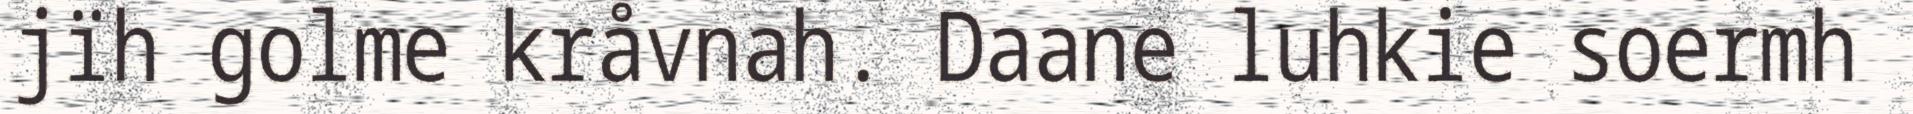
jïh golme kråvnah. Daane luhkie soermh